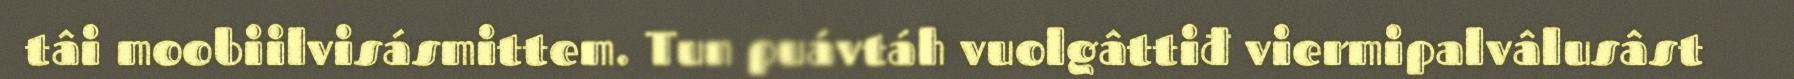
tâi moobiilvisásmittem. Tun puávtáh vuolgâttiđ viermipalvâlusâst